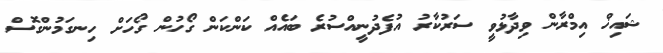
ޝައިޚް އިމްރާން ވިދާޅުވީ ސަރުކާރު އުފެދުނީއްސުރެ ބައެއް ކަންކަން ގޯހުން ގޯހަށް ހިނގަމުންގޮސް